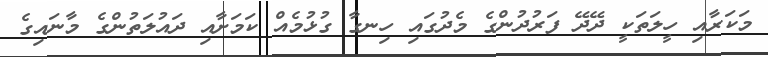
މަކަރާއި ހީލަތަކީ ދޭދޭ ފަރުދުންގެ މެދުގައި ހިނގާ ގުޅުމެއް ކަމަށާއި ދައުލަތުންގެ މާނައިގެ